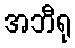
အဘီရု